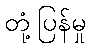
တုံ့ပြန်မှု